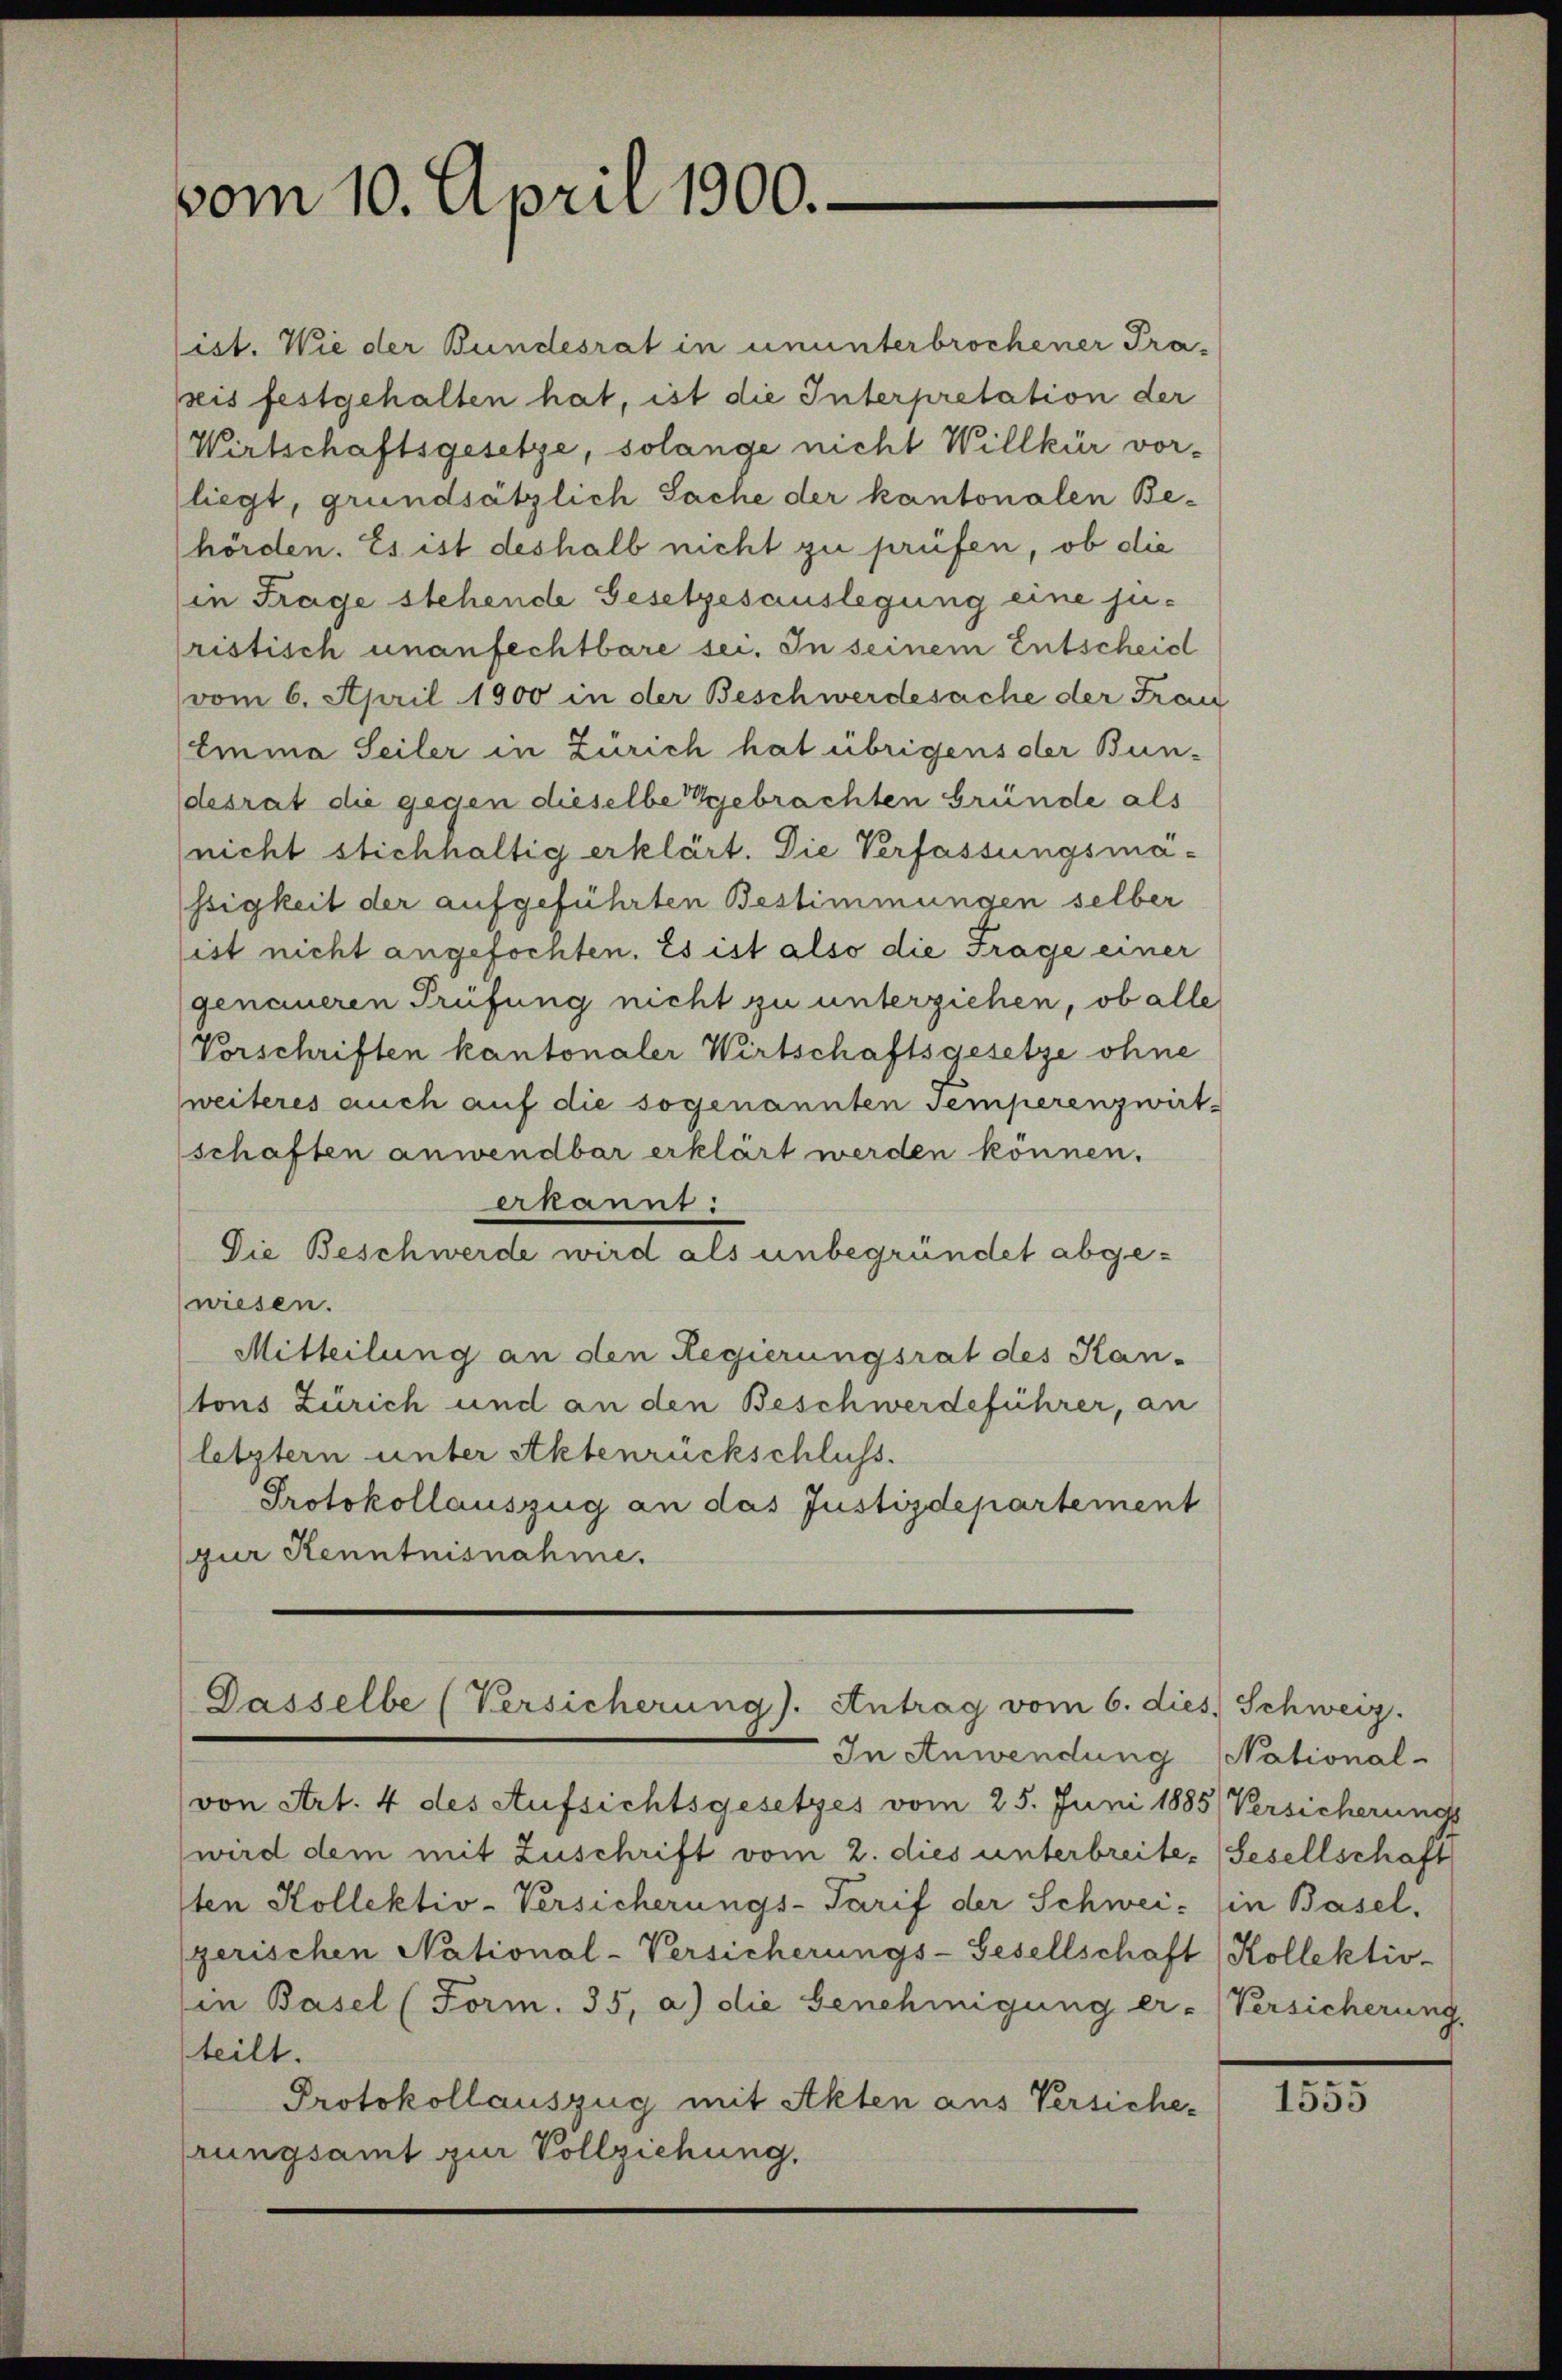
vom 10. April 1900.

lict. Wie der Bundesrat in ununterbrochener Pra-
peis festgehalten hat, ist die Interpretation der
Wirtschaftsgesetze, solange nicht Willkür vor-
liegt, grundsätzlich Sache der kantonalen Behörden. Es ist deshalb nicht zu prüfen, ob die
in Frage stehende Gesetzesauslegung eine juristisch unanfechtbare sei. In seinem Entscheid
vom 6. April 1900 in der Beschwerdesache der Frau
Emma Seiler in Zürich hat übrigens der Bundesrat die gegen dieselbe Gebrachten Gründe als
(nicht stichhaltig erklärt. Die Verfassungsmässigkeit der aufgeführten Bestimmungen selber
sist nicht angefochten. Es ist also die Frage einer
genaueren Prüfung nicht zu unterziehen, ob alle
Vorschriften kantonaler Wirtschaftsgesetze ohne
weiteres auch auf die sogenannten Temperenzwirt-
schaften anwendbar erklärt werden können.
erkannt:
Die Beschwerde wird als unbegründet abgewiesen.
Mitteilung an den Regierungsrat des Kan-
tons Zürich und an den Beschwerdeführer, an
letztern unter Aktenrückschluss.
Protokollauszug an das Justizdepartement
(zur Kenntnisnahme.

Gasselbe (Versicherung). Antrag vom 6. dies. Schweiz.

In Anwendung

(von Art. 4 des Aufsichtsgesetzes vom 25. Juni 1885 Versicherungs
wird dem mit Zuschrift vom 2. dies unterbreite. (Sesellschaft
ten Kollektiv-Versicherungs-Tarif der Schwei-
gerischen National-Versicherungs-Gesellschaft (Kollektiv-
(in Basel (Form. 35, a) die Genehmigung er-Versicherung
teilt.
Protokollauszug mit Akten aus Versiche-
rungsamt zur Vollziehung.

National-
in Basel.

.
1555